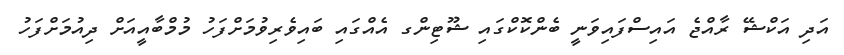
އަދި އަކްޝޭ ރާއްޖެ އައިސްފައިވަނީ ބެންކޮކްގައި ޝޫޓިންގ އެއްގައި ބައިވެރިވުމަށްފަހު މުމްބާއީއަށް ދިއުމަށްފަހު